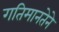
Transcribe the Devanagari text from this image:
गतिमानतेने